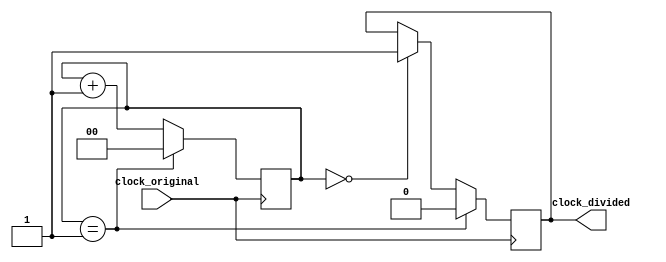
/**
 * This file implements a configurable clock divider
 */

module clock_divider
    #(
        parameter divisor = 2
        )
    (
        input clock_original,
        output reg clock_divided
        );

initial clock_divided <= 0;

// When to switch the output off again, half clock period
localparam period_half = divisor/2;

reg[$clog2(divisor):0] counter = 0;

always @(posedge clock_original)
begin
    counter <= counter + 1;
    if (counter == divisor-1)
        counter <= 0;

    if (counter == 0)
        clock_divided <= 1;

    if (counter == period_half)
        clock_divided <= 0;
end

endmodule